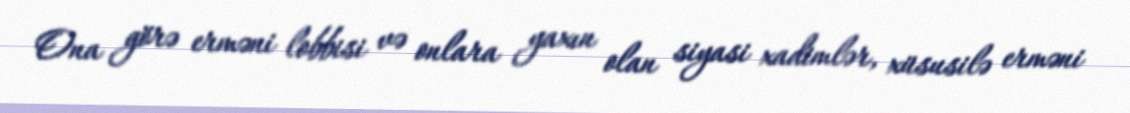
Ona görə erməni lobbisi və onlara yaxın olan siyasi xadimlər, xüsusilə erməni